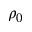
\rho _ { 0 }